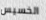
الخسيس